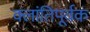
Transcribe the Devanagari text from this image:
क्लांतिपूर्वक